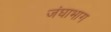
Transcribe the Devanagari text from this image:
जंघाभाग